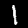
Label: 1